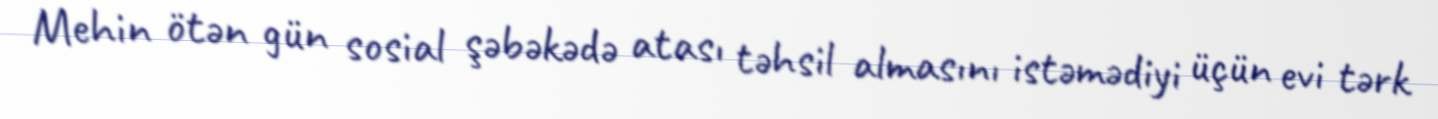
Mehin ötən gün sosial şəbəkədə atası təhsil almasını istəmədiyi üçün evi tərk